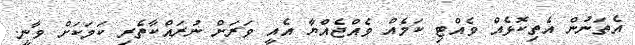
އެތަނުން އެތިކޮޅެއް ވެއްޓި ކަމެއް ވެއްޖެއްޔާ އެއީ ވަރަށް ނުރައްކާތެރި ކަމަކަށް ވާނީ.